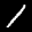
Label: 1